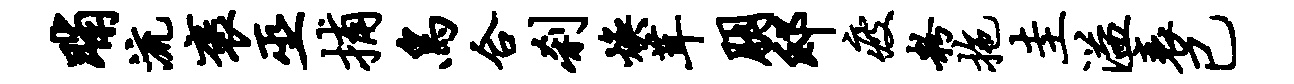
晡流褒巫捕鸟合刹焕茸朋邸疲粉拖圭溢衰已